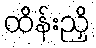
ထိန်းညှိ